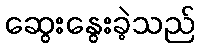
ဆွေးနွေးခဲ့သည်